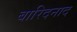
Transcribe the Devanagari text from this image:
बारिदनाद